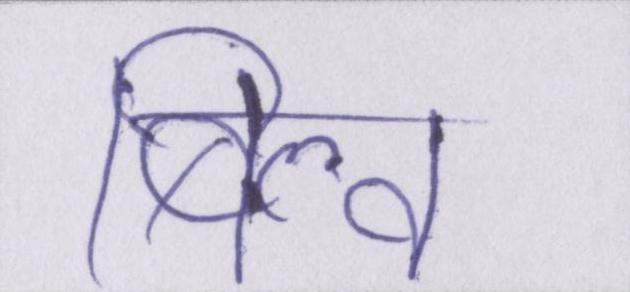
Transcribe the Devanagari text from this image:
बिल्व